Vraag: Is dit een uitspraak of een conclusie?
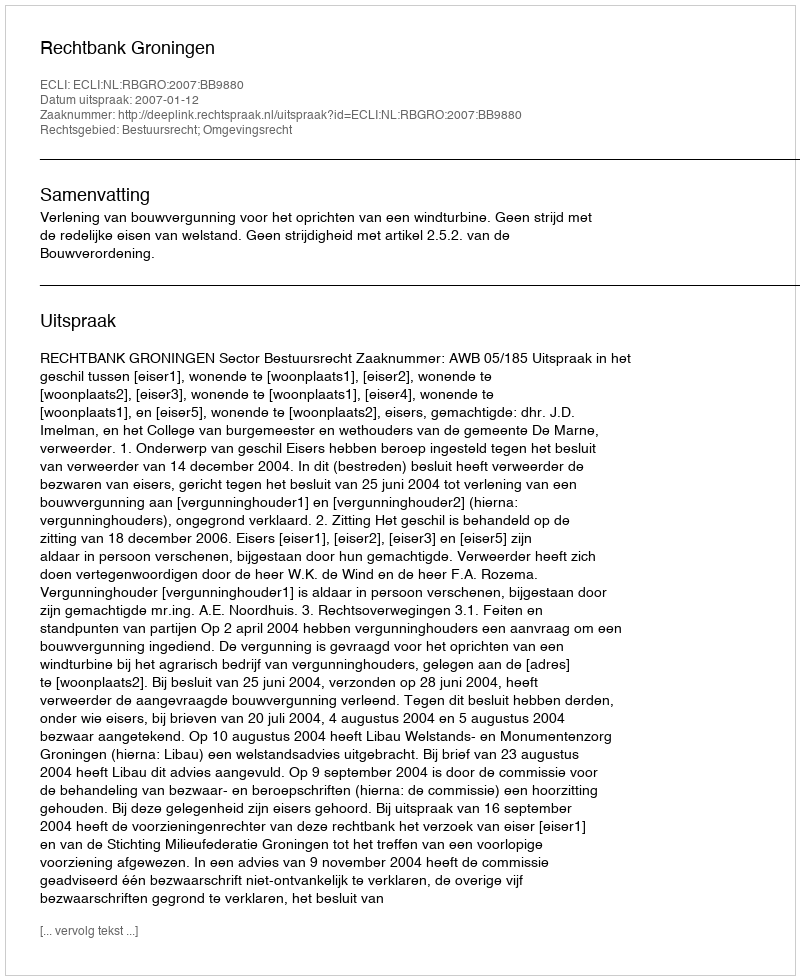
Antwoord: Uitspraak